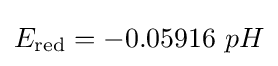
E_{\text{red}}=-0.05916\ pH